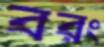
বরং